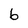
Character: 6